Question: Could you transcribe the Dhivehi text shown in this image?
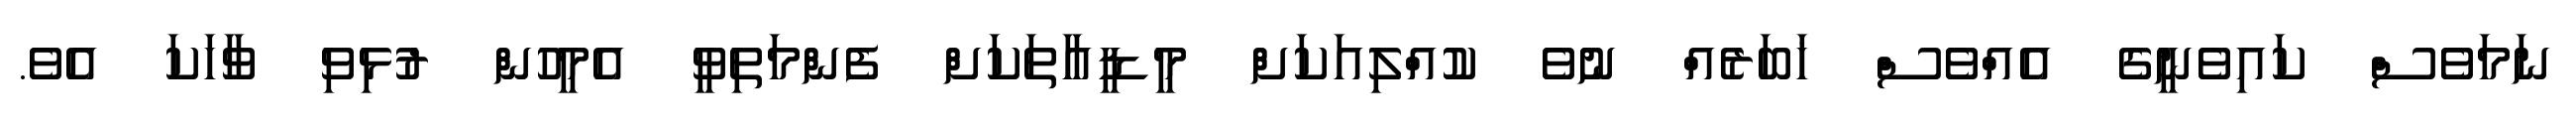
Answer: ނަމަވެސް ކައިވެނީގެ އެއްވެސް ޚަބަރެއް ނުވެ ކުއްލިއަކަށް މީޑީއާތަކަށް ފެންމަތިވީ އެމީހުން ރުޅިވި ވާހަކަ އެވެ.